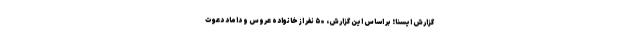
گزارش ایسنا؛ بر اساس این گزارش، ۵۰ نفر از خانواده عروس و داماد دعوت